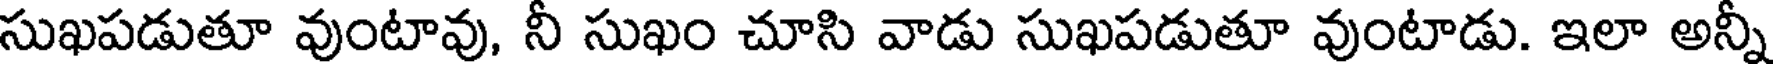
సుఖపడుతూ వుంటావు, నీ సుఖం చూసి వాడు సుఖపడుతూ వుంటాడు. ఇలా అన్నీ